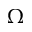
\Omega